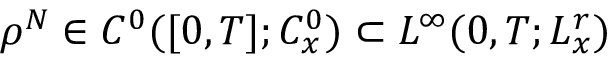
\rho ^ { N } \in C ^ { 0 } ( [ 0 , T ] ; C _ { x } ^ { 0 } ) \subset L ^ { \infty } ( 0 , T ; L _ { x } ^ { r } )